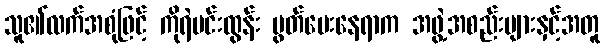
သူ၏လက်အစုံဖြင့် ကိုရဲမင်းထွန်း ပွတ်ပေးနေရာက အဖွဲ့အစည်းများနှင့်အတူ